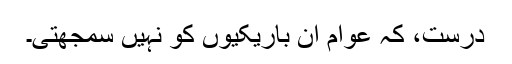
درست، کہ عوام ان باریکیوں کو نہیں سمجھتی۔